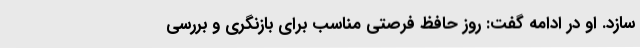
سازد. او در ادامه گفت: روز حافظ فرصتی مناسب برای بازنگری و بررسی